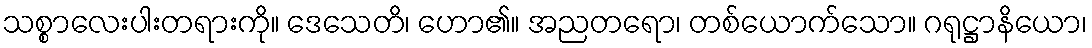
သစ္စာလေးပါးတရားကို။ ဒေသေတိ၊ ဟော၏။ အညတရော၊ တစ်ယောက်သော။ ဂရုဋ္ဌာနိယော၊